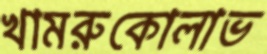
খামরুকোলাভ